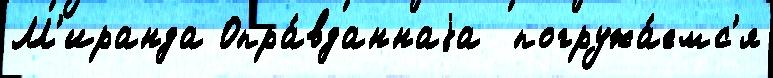
М'иранда Опра́вданнаjа  погружа́емс'я